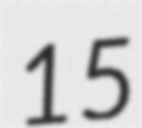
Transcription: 15